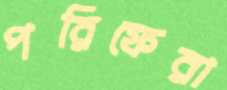
পরিফেরা